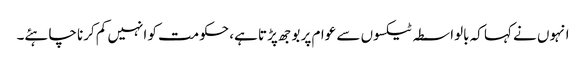
انہوں نے کہا کہ بالواسطہ ٹیکسوں سے عوام پر بوجھ پڑتا ہے، حکومت کو انہیں کم کرنا چاہئے۔